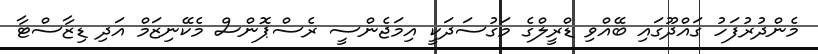
މެންދުރުފަހު ގައްދޫގައި ބޭއްވި ޑްރީލްގެ މަގުސަދަކީ އިމަޖެންސީ ރެސްޕޮންސް މެކޭނިޒަމް އަދި ޑިޒާސްޓާ